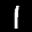
Label: 1